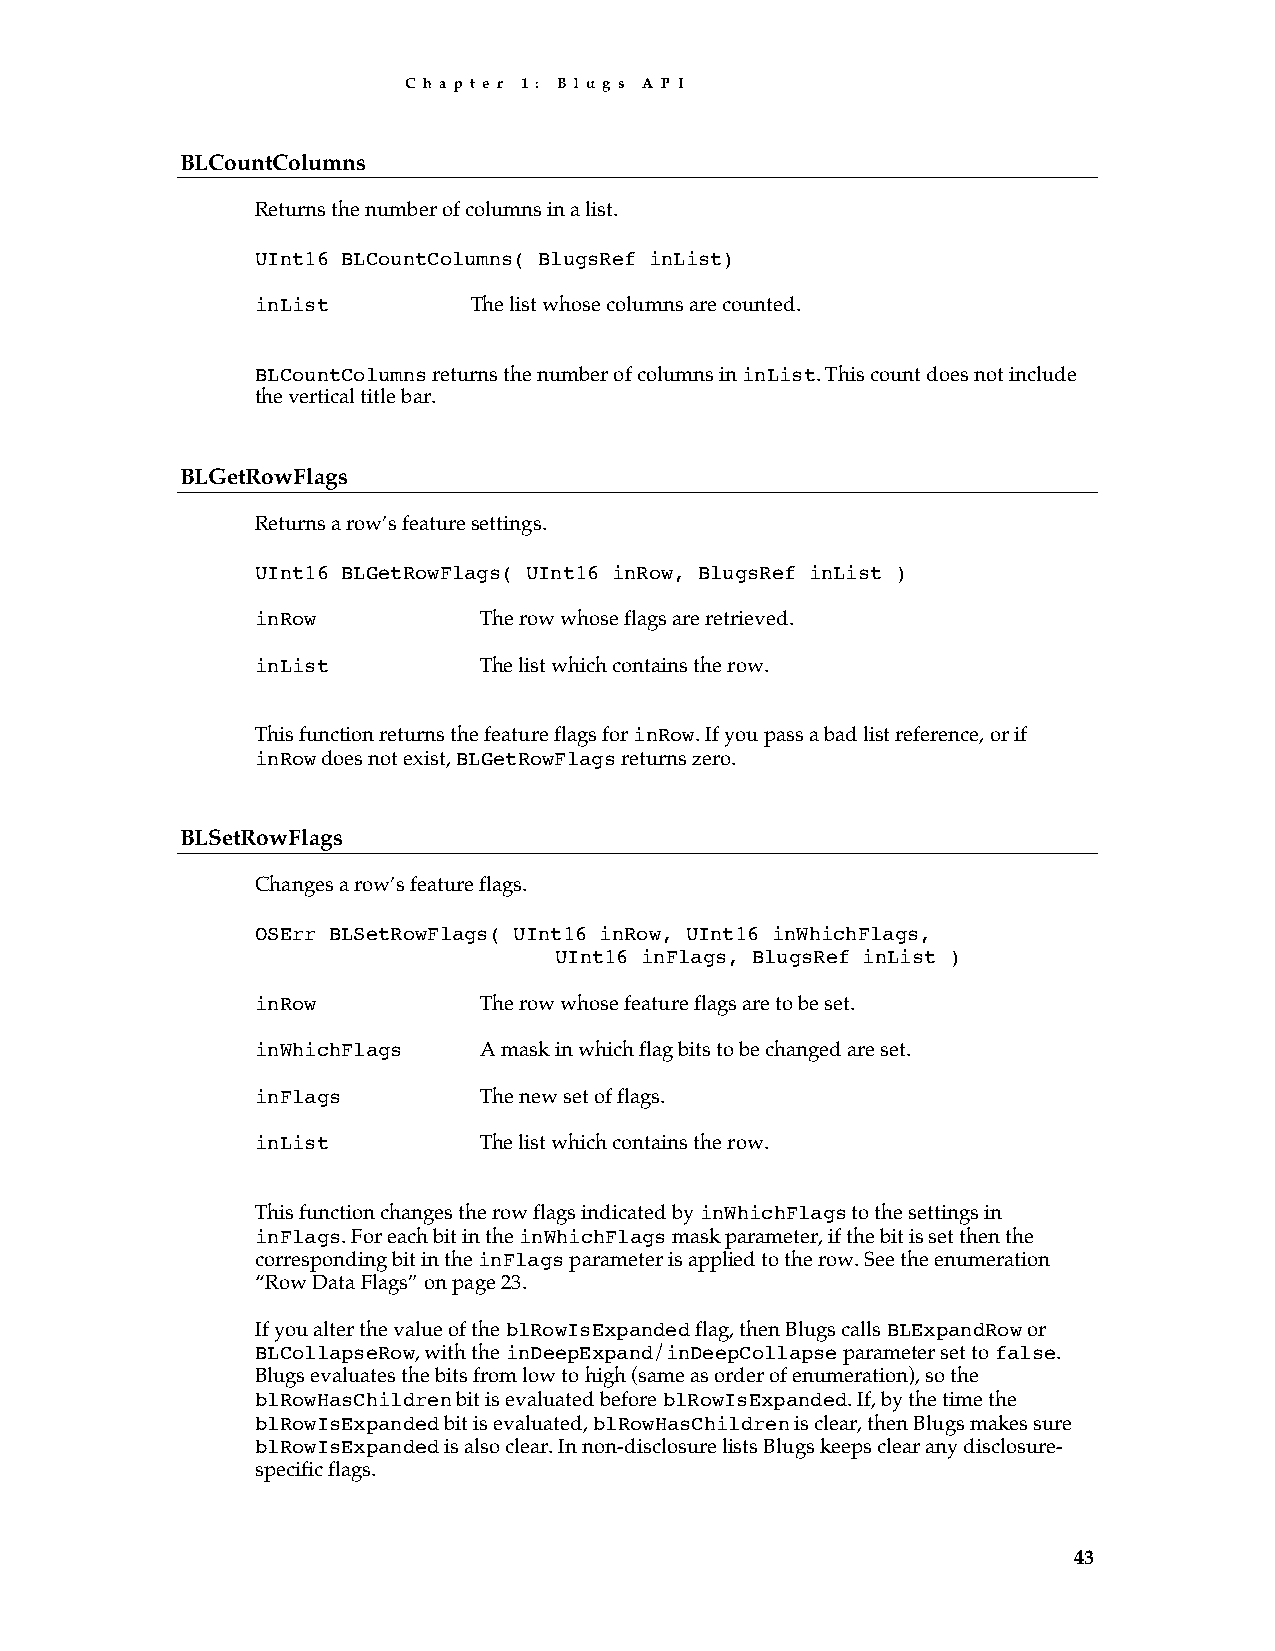
C h a p t e r 1 : B l u g s A P I
 BLCountColumns
 Returns the number of columns in a list.
 UInt16 BLCountColumns( BlugsRef inList)
 inList        The list whose columns are counted.
 BLCountColumns returns the number of columns in inList. This count does not include
 the vertical title bar.
 BLGetRowFlags
 Returns a row’s feature settings.
 UInt16 BLGetRowFlags( UInt16 inRow, BlugsRef inList )
 inRow          The row whose flags are retrieved.
 inList         The list which contains the row.
 This function returns the feature flags for inRow. If you pass a bad list reference, or if
 inRow does not exist, BLGetRowFlags returns zero.
 BLSetRowFlags
 Changes a row’s feature flags.
 OSErr BLSetRowFlags( UInt16 inRow, UInt16 inWhichFlags,
 UInt16 inFlags, BlugsRef inList )
 inRow          The row whose feature flags are to be set.
 inWhichFlags   A mask in which flag bits to be changed are set.
 inFlags        The new set of flags.
 inList         The list which contains the row.
 This function changes the row flags indicated by inWhichFlags to the settings in
 inFlags. For each bit in the inWhichFlags mask parameter, if the bit is set then the
 corresponding bit in the inFlags parameter is applied to the row. See the enumeration
 “Row Data Flags” on page 23.
 If you alter the value of the blRowIsExpanded flag, then Blugs calls BLExpandRow or
 BLCollapseRow, with the inDeepExpand/inDeepCollapse parameter set to false.
 Blugs evaluates the bits from low to high (same as order of enumeration), so the
 blRowHasChildren bit is evaluated before blRowIsExpanded. If, by the time the
 blRowIsExpanded bit is evaluated, blRowHasChildren is clear, then Blugs makes sure
 blRowIsExpanded is also clear. In non-disclosure lists Blugs keeps clear any disclosure-
 specific flags.
 43